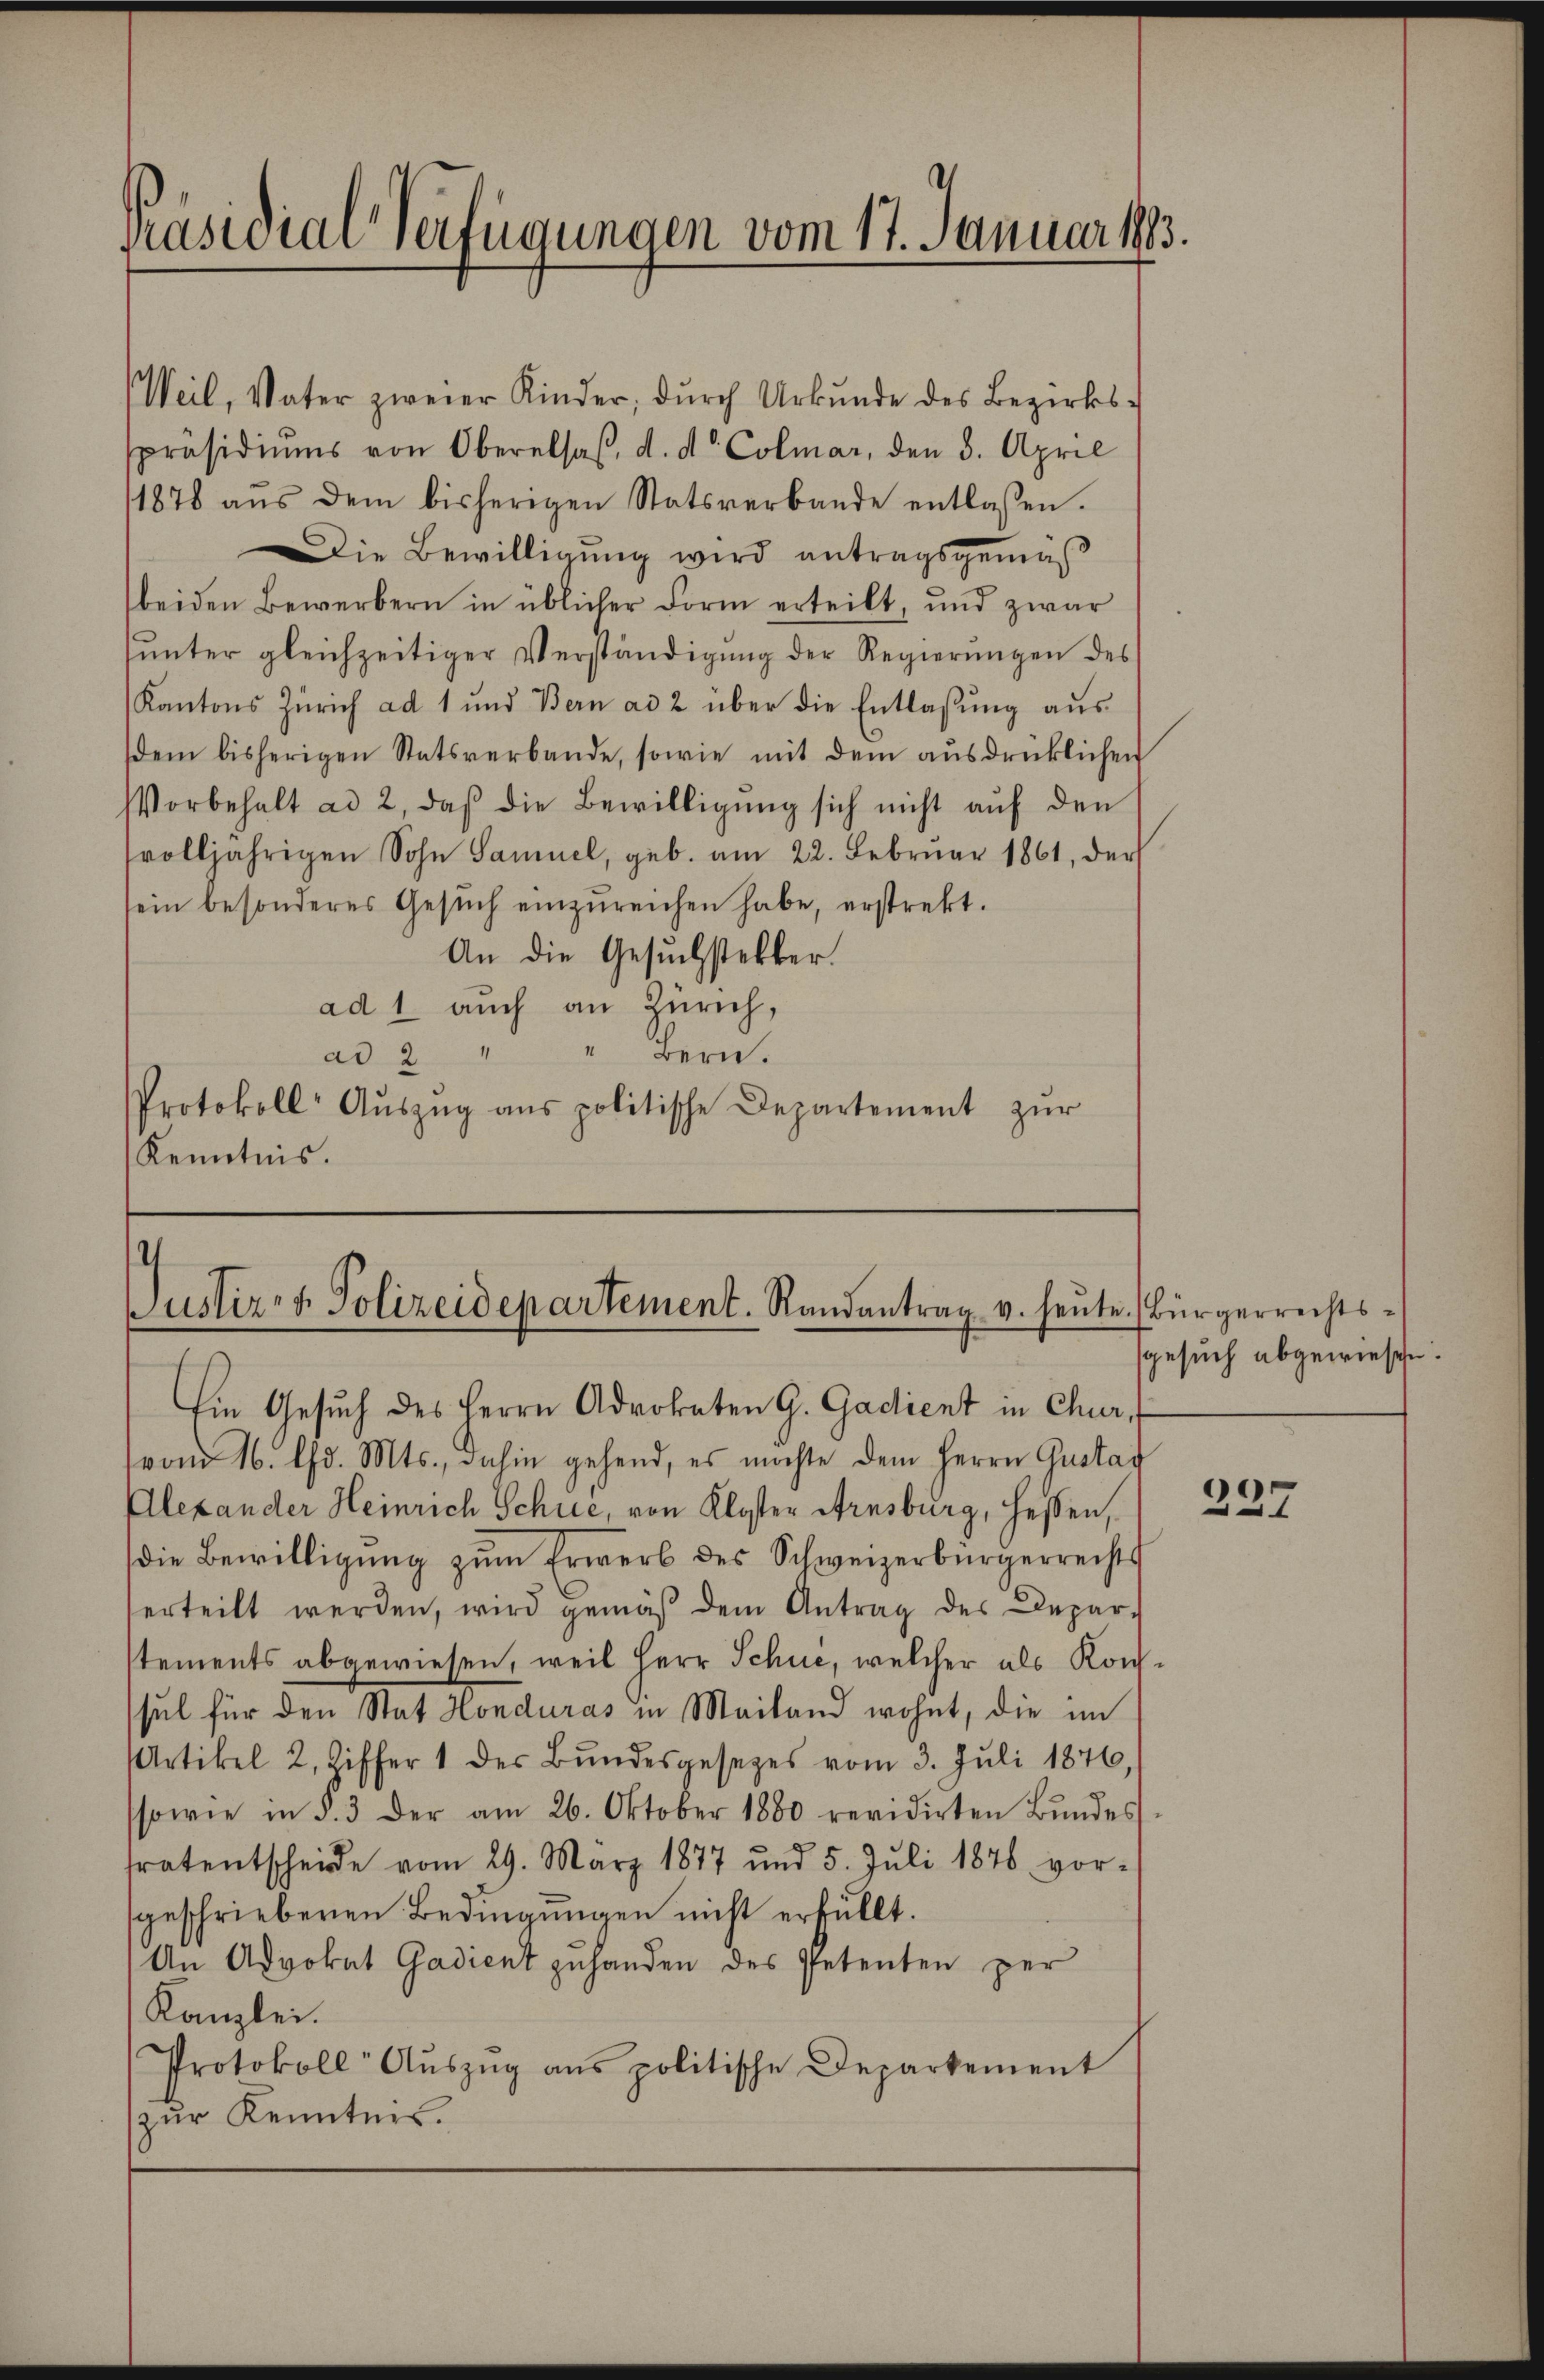
Präsidial-Verfügungen vom 17. Januar 1883.

Weil, Vater zweier Kinder; dŭrch Urkŭnde des Bezirks-
spräsidiŭms von Oberalsaβ, d. d. Colmar, den 3. April
11878 aŭs dem bisherigen Statsverbande entlassen.
Die Bewilligung wird antragsgemäß
beiden Bewerbern in üblicher Form erteilt, und zwar
ŭnter gleichzeitiger Verständigŭng der Regierŭngen des
Kantons Zürich ad 1 und Bern ad 2 über die Entlassŭng aŭs
dem bisherigen Statsverbande, sowie mit dem ausdrücklichen
Vorbehalt ad 2, daβ die Bewilligŭng sich nicht aŭf den
svolljährigen Sohn Samuel, geb. am 22. Febrŭar 1861, der
sein besonderes Gesŭch einzŭreichen habe, erstrekt.
An die Gesuchsteller.
ad 1 auch an Zürich,
" Bern.
ad 2 "
Protokoll Aŭszŭg ans politische Departement zŭr
Kenntnis.

Justiz- & Polizeidepartement. Randantrag v. heute. (Bürgerrechts¬
Ein Gesuch des Herrn Advokaten G. Gadient in Chur,

vom 16. d. Mts., dahin gehend, es möchte dem Herrn Gustav
Alexander Heinrich Schue, von Kloster Arnsburg, Hessen,
die Bewilligung zum Erwerb des Schweizerbürgerrechts
erteilt werden, wird gemäβ dem Antrag des Depar-
stements abgewiesen, weil Herr Schue, welcher als Konsul für den Stat Honduras in Mailand wohnt, die im
rtikel 2. Ziffer 1 der Bŭndesgesezes vom 3. Juli 1876,
sowie in §. 3 der am 26. Oktober 1880 revidirten Bŭndes-
fratentscheide vom 29. März 1877 und 5. Jŭli 1876 vor-
geschriebenen Bedingungen nicht erfüllt.
An Advokat Gadient zuhanden des Petenten per
Kanzlei.
Protokoll Aŭszŭg ans politische Departement
zur Kenntnis.

sgesuch abgewiesehen.

237